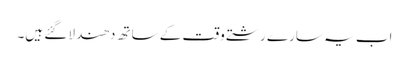
اب یہ سارے رشتے وقت کے ساتھ دھندلا گئے ہیں۔